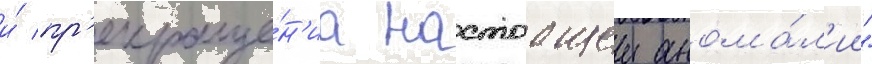
и́ пр'екраще́н'иа настоащеи анома́л'ии"